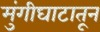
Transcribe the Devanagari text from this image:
मुंगीघाटातून